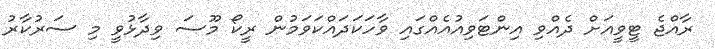
ރާއްޖެ ޓީވީއަށް ދެއްވި އިންޓަވިއުއެއްގައި ވާހަކަދައްކަވަމުން ރީކޯ މޫސަ ވިދާޅުވީ މި ސަރުކާރު